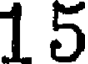
15